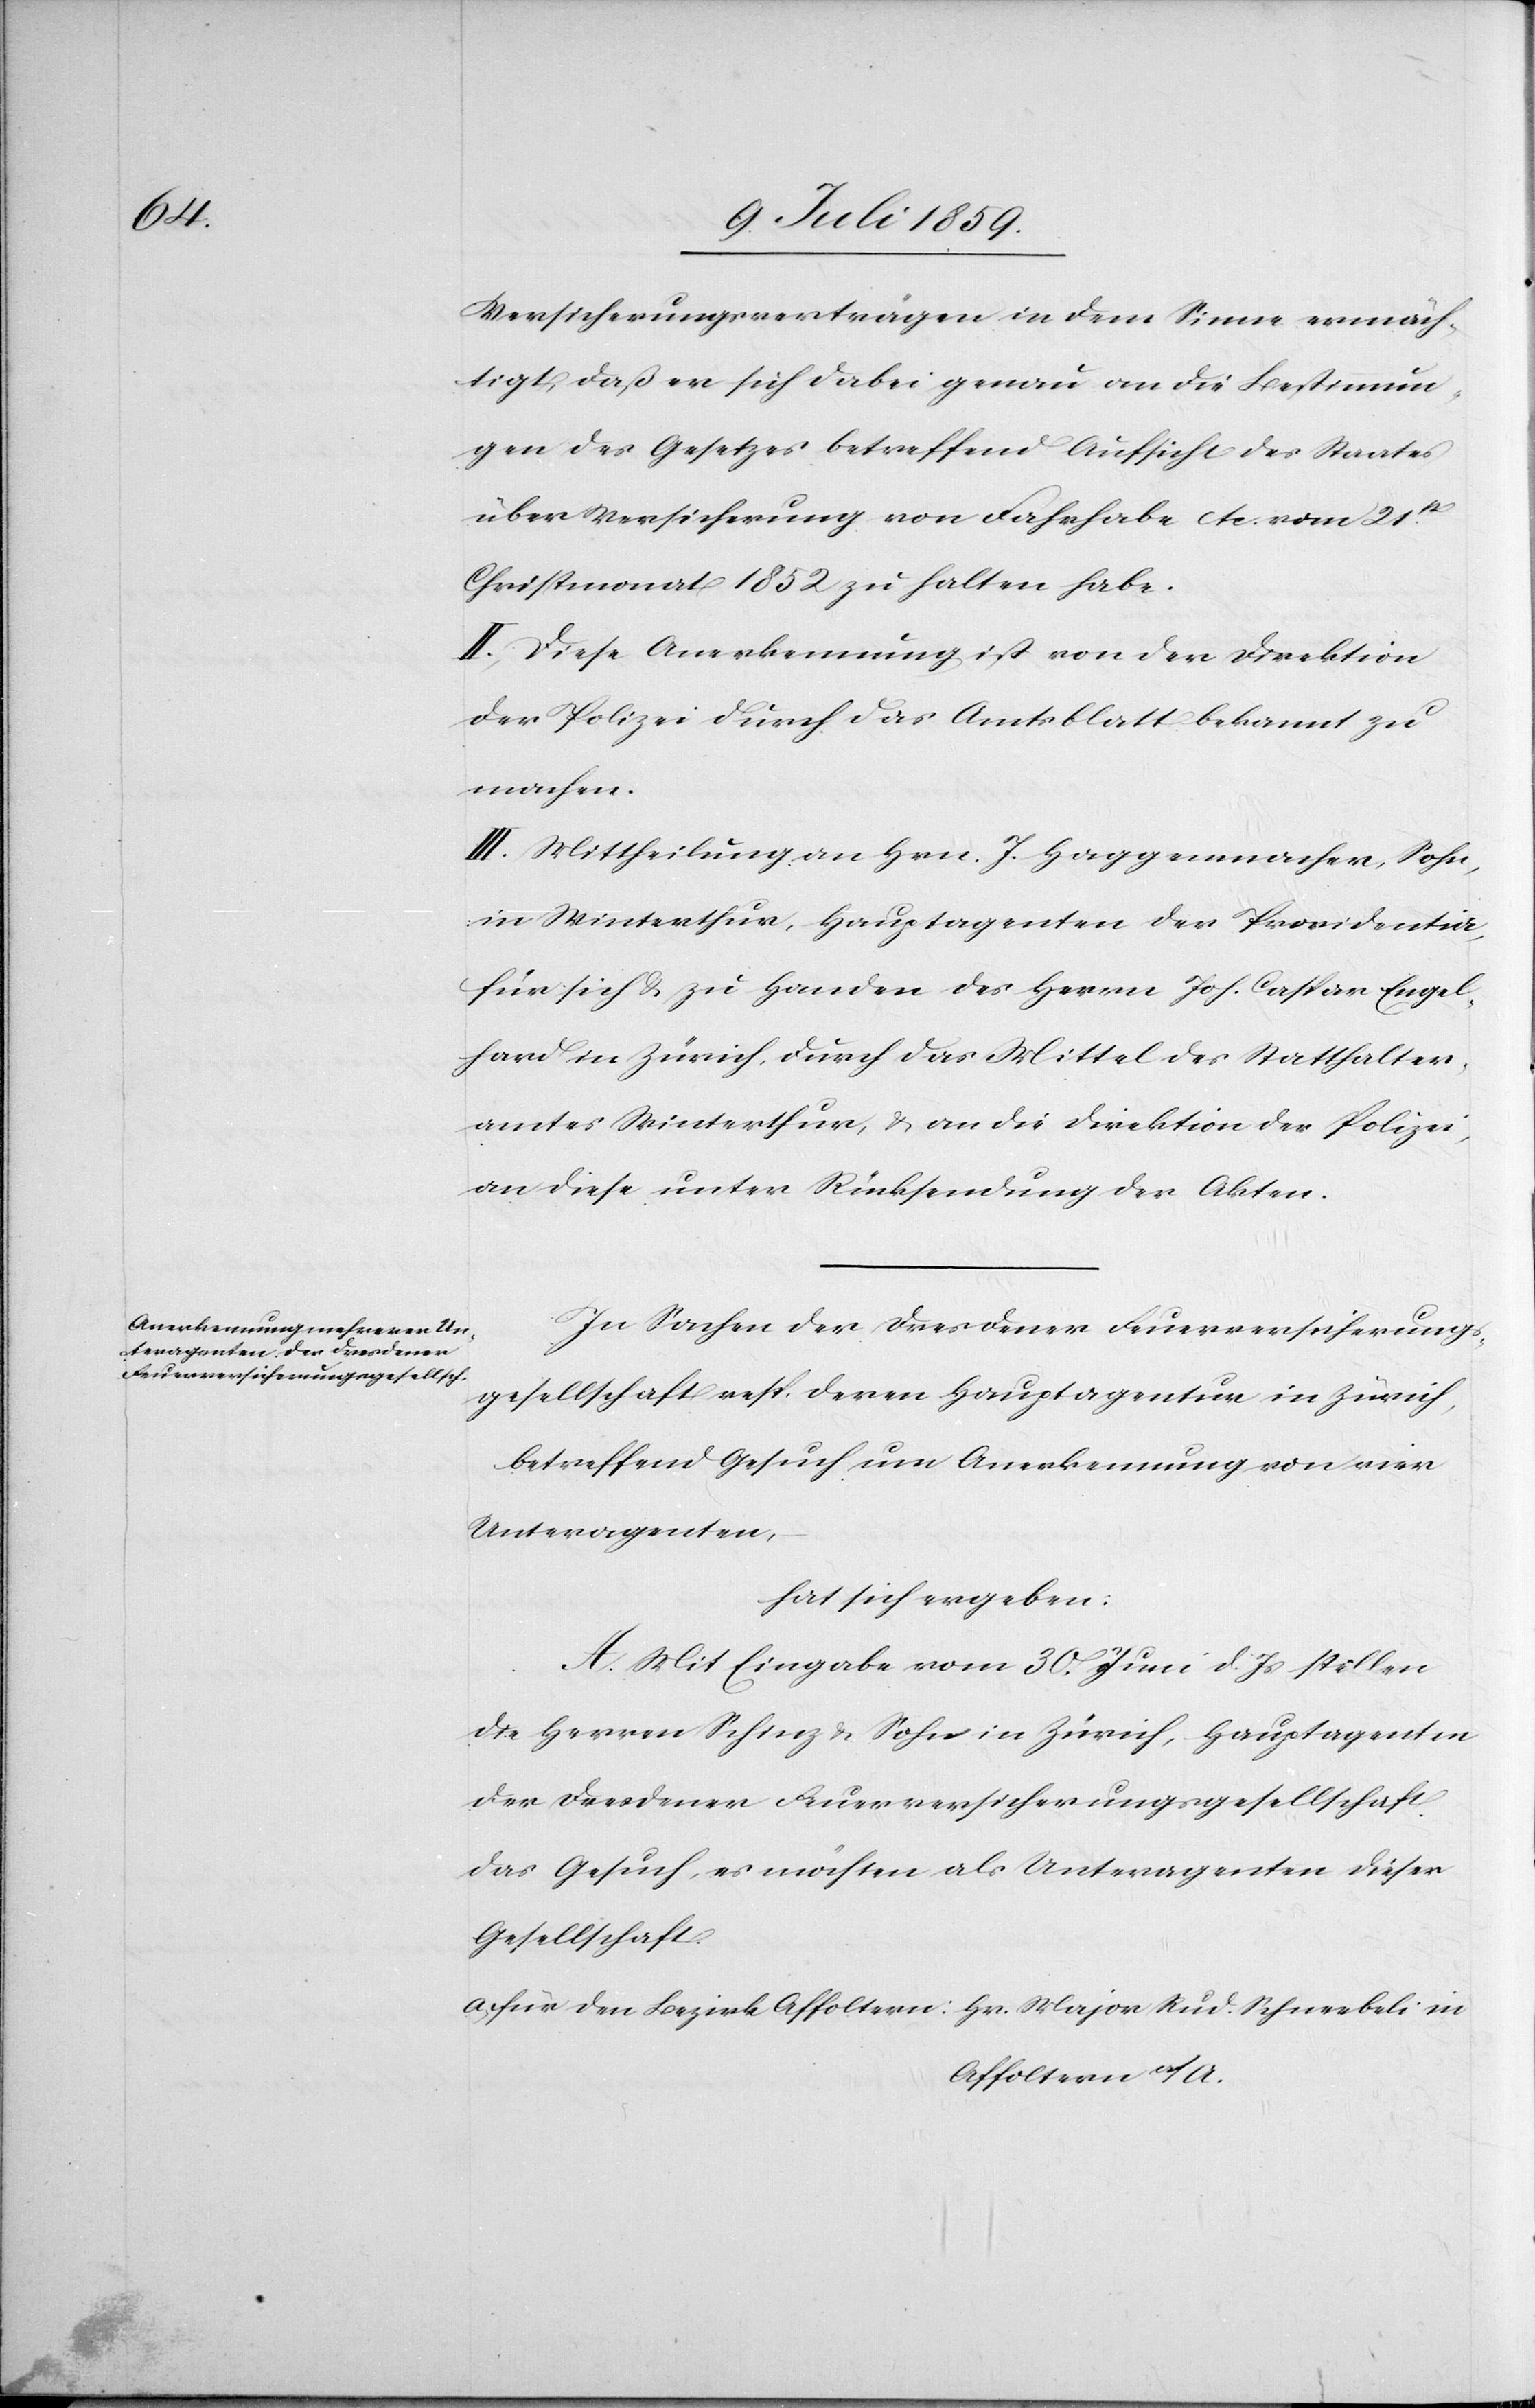
Versicherungsverträgen in dem Sinne ermäch¬
tigt, daß er sich dabei genau an die Bestimmun¬
gen des Gesetzes betreffend Aufsicht des Staates
über Versicherung von Fahrhabe etc. vom 21st.
Christmonat 1852 zu halten habe.
II. Diese Anerkennung ist von der Direktion
der Polizei durch das Amtsblatt bekannt zu
machen.
III. Mittheilung an Hrn. J. Haggenmacher, Sohn,
in Winterthur, Hauptagenten der Providentia,
für sich u. zu Handen des Herrn Joh. Caspar Engel¬
hard in Zürich, durch das Mittel des Statthalter¬
amtes Winterthur, u. an die Direktion der Polizei,
an diese unter Rücksendung der Akten.
In Sachen der Dresdener Feuerversicherungs¬
gesellschaft resp. deren Hauptagentur in Zürich,
betreffend Gesuch um Anerkennung von vier
Unteragenten,
hat sich ergeben:
A. Mit Eingabe vom 30. Juni d. Js. stellen
die Herren Schinz u. Sohn in Zürich, Hauptagenten
der Dresdener Feuerversicherungsgesellschaft
das Gesuch, es möchten als Unteragenten dieser
Gesellschaft
Affoltern a/A.